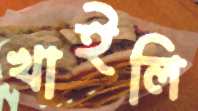
খাইলি